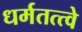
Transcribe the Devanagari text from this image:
धर्मतत्त्वे